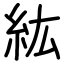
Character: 紘